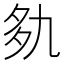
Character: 𰋐